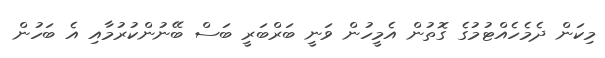
މިކަން ދެމެހެއްޓުމުގެ ގޮތުން އެމީހުން ވަނީ ބަރްބަރީ ބަސް ބޭނުންކުރުމާއި އެ ބަހުން